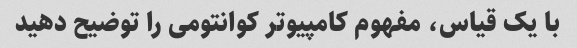
با یک قیاس، مفهوم کامپیوتر کوانتومی را توضیح دهید